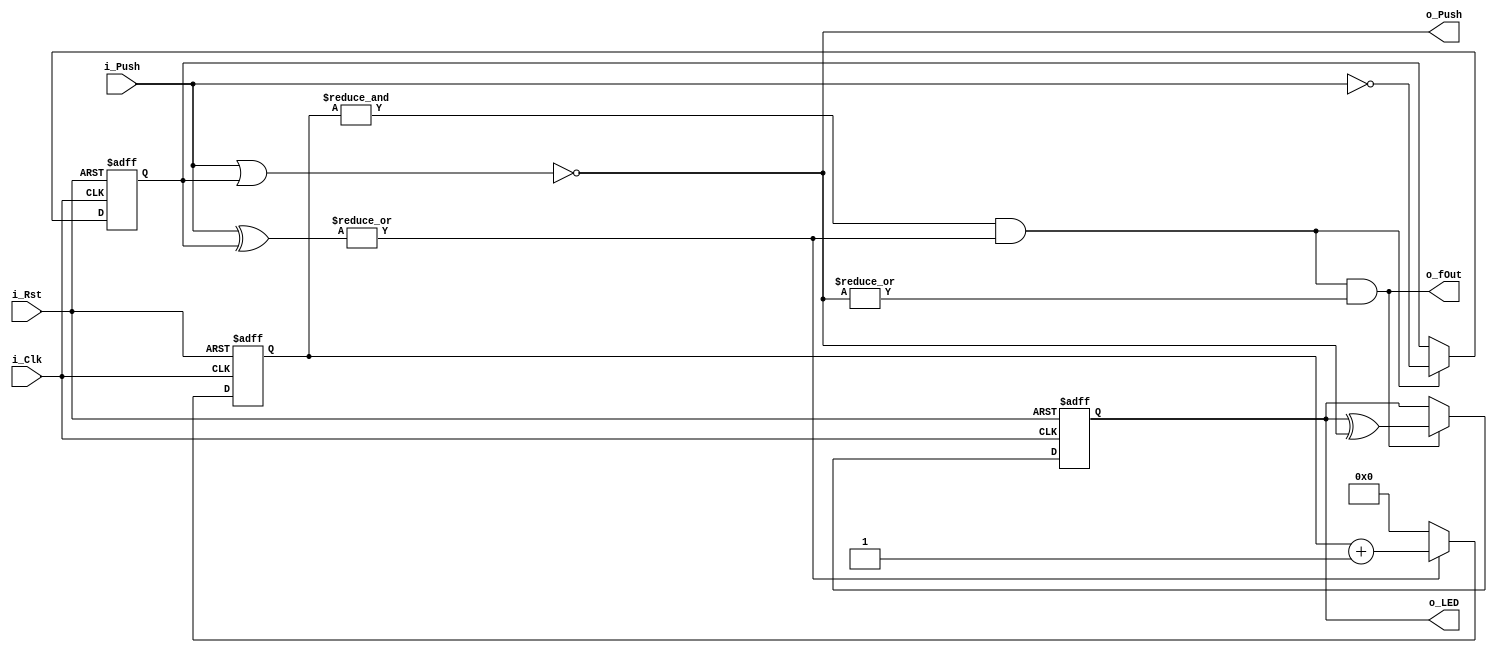
module Key(i_Clk, i_Rst, i_Push, o_Push, o_fOut, o_LED);
    input i_Clk, i_Rst;
    input [3:0] i_Push;
    output [3:0] o_Push;
    output [3:0] o_LED;
    output o_fOut;

    reg c_State, n_State;
    reg [5:0] c_ClkCnt, n_ClkCnt;
    reg [3:0] c_Pushed, n_Pushed;
    reg [3:0] c_LED, n_LED;

    wire 
        fChanged,
        fLstClk;

    parameter
        IDLE = 1'b0,
        CHANGE = 1'b1;

    always@(posedge i_Clk, negedge i_Rst)
        if(!i_Rst) begin
            c_State = IDLE;
            c_ClkCnt = 0;
            c_Pushed = 0;
            c_LED = 0;
        end else begin
            c_State = n_State;
            c_ClkCnt = n_ClkCnt;
            c_Pushed = n_Pushed;
            c_LED = n_LED;
        end

    assign 
        fChanged = |(i_Push ^ c_Pushed),
        fLstClk = &c_ClkCnt;

    assign
        o_fOut = (fLstClk && fChanged) && |o_Push,
        o_Push = ~(i_Push | c_Pushed),
        o_LED = c_LED;

    always@*
    begin
        n_ClkCnt = fChanged ? c_ClkCnt + 1 : 0;
        n_Pushed = fChanged && fLstClk ? ~i_Push : c_Pushed;
        n_LED = o_fOut ? c_LED ^ o_Push : c_LED;

        n_State = c_State;
        case (c_State)
            IDLE:
                n_State = fChanged ? CHANGE : c_State;
            
            CHANGE:
                n_State = fLstClk ? IDLE : c_State;
                
        endcase
    end
endmodule